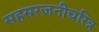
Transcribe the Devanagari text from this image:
सहस्ररजनीचरित्र